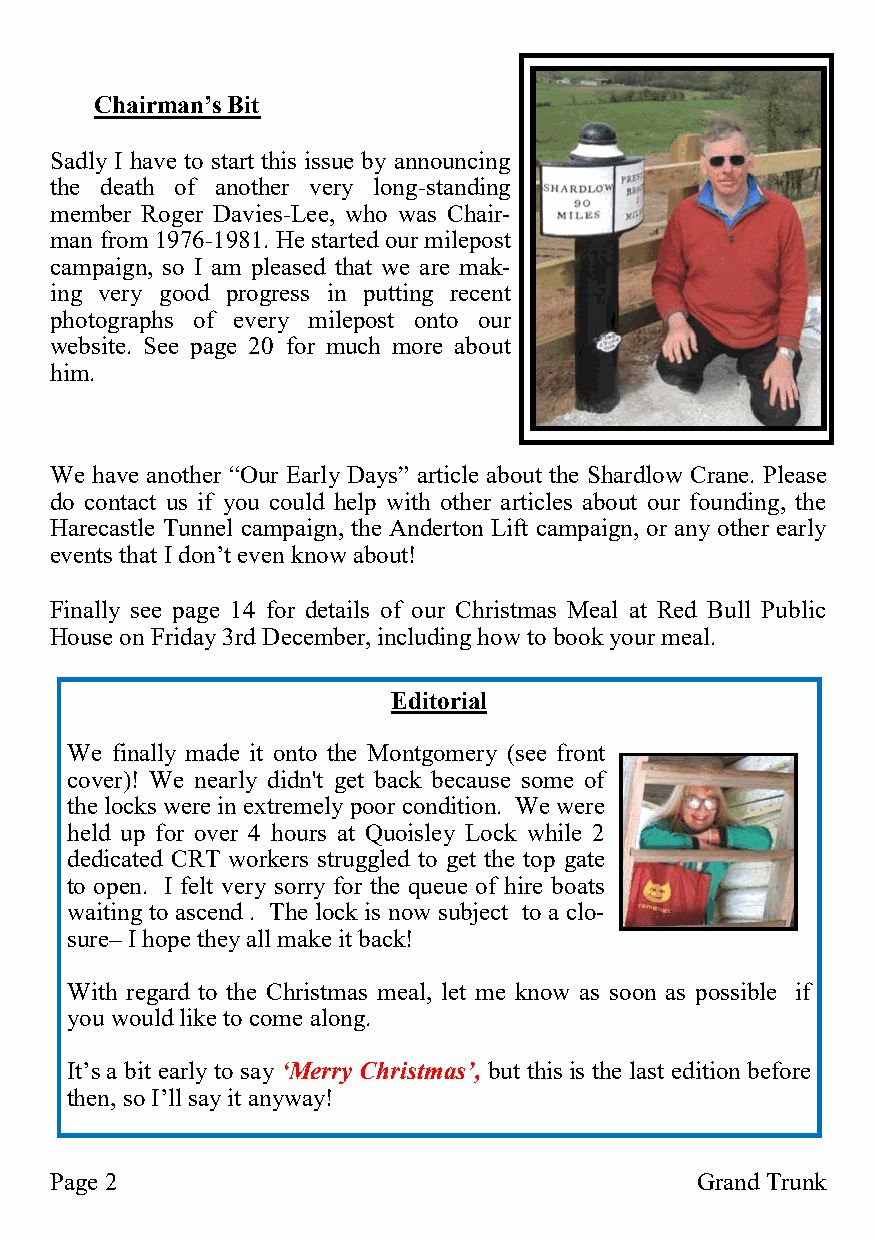
Chairman’s Bit
 Sadly I have to start this issue by announcing
 the death of another very long-standing
 member Roger Davies-Lee, who was Chair-
 man from 1976-1981. He started our milepost
 campaign, so I am pleased that we are mak-
 ing very good progress in putting recent
 photographs of every milepost onto our
 website. See page 20 for much more about
 him.
 We have another “Our Early Days” article about the Shardlow Crane. Please
 do contact us if you could help with other articles about our founding, the
 Harecastle Tunnel campaign, the Anderton Lift campaign, or any other early
 events that I don’t even know about!
 Finally see page 14 for details of our Christmas Meal at Red Bull Public
 House on Friday 3rd December, including how to book your meal.
 Editorial
 We finally made it onto the Montgomery (see front
 cover)! We nearly didn't get back because some of
 the locks were in extremely poor condition. We were
 held up for over 4 hours at Quoisley Lock while 2
 dedicated CRT workers struggled to get the top gate
 to open. I felt very sorry for the queue of hire boats
 waiting to ascend . The lock is now subject to a clo-
 sure– I hope they all make it back!
 With regard to the Christmas meal, let me know as soon as possible if
 you would like to come along.
 It’s a bit early to say ‘Merry Christmas’, but this is the last edition before
 then, so I’ll say it anyway!
 Page 2                                     Grand Trunk